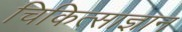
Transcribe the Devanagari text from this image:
चिकित्साज्ञान